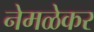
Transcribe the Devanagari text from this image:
नेमळेकर